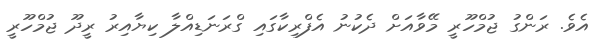
އެވެ. ރަންގު ޖުމްހޫރީ މޭވާއަށް ދެކުނު އެފްރިކާގައި ގްރަނަޑިއްލާ ކިޔާއިރު ރީދޫ ޖުމްހޫރީ